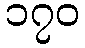
၁၇၀